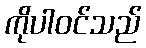
ကိုပါဝင်သည်